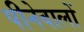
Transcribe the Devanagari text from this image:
पीनेवालों